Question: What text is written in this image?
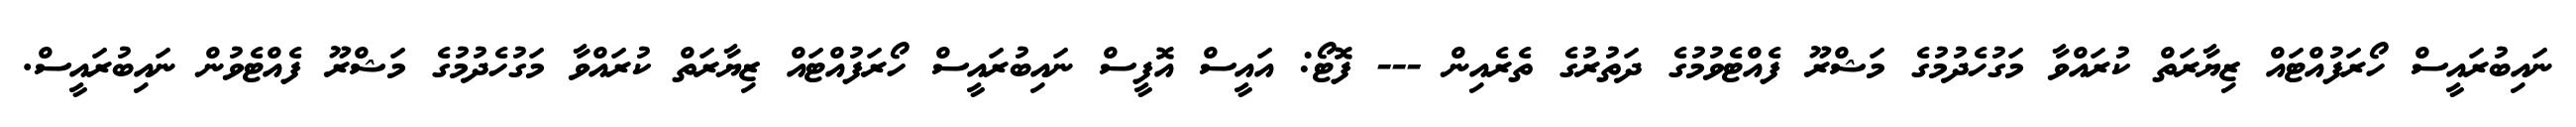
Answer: ނައިބުރައީސް ހޯރަފުއްޓައް ޒިޔާރަތް ކުރައްވާ މަގުހެދުމުގެ މަޝްރޫ ފެއްޓެވުމުގެ ދަތުރުގެ ތެރެއިން --- ފޮޓޯ: އައީސް އޮފީސް ނައިބުރައީސް ހޯރަފުއްޓައް ޒިޔާރަތް ކުރައްވާ މަގުހެދުމުގެ މަޝްރޫ ފެއްޓެވުން ނައިބުރައީސް.